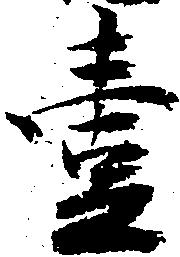
壱